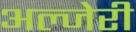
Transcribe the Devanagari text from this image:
अल्जेरी